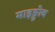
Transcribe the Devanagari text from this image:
माइङ्ग्रोब